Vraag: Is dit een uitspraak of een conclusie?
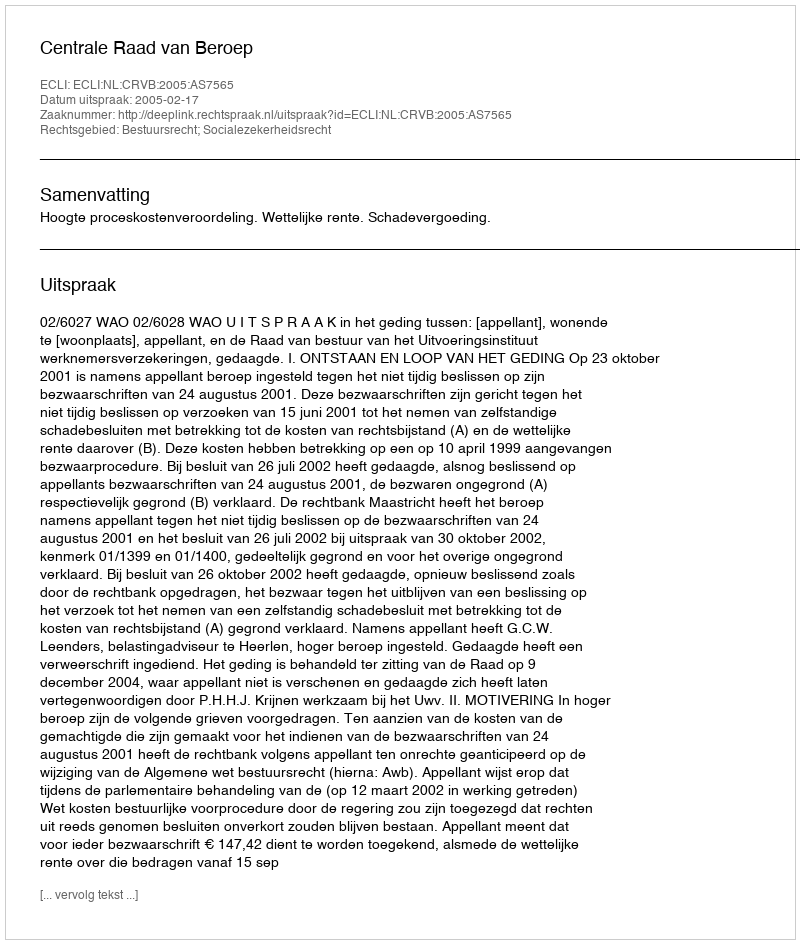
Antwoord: Uitspraak